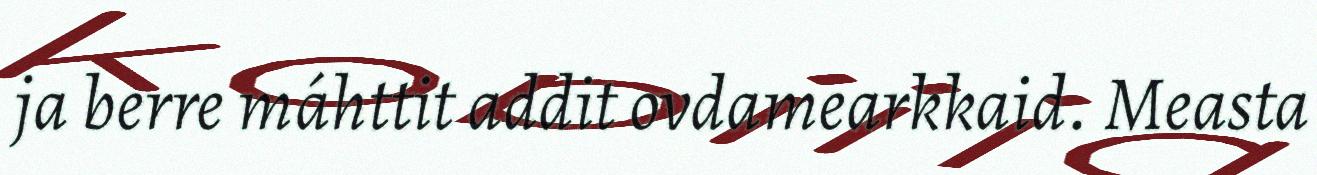
ja berre máhttit addit ovdamearkkaid. Measta